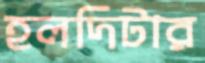
হলদিটার